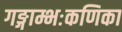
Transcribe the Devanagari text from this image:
गङ्गाम्भःकणिका